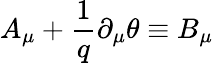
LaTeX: A_{\mu}+\frac{1}{q}\partial_{\mu}\theta\equiv B_{\mu}